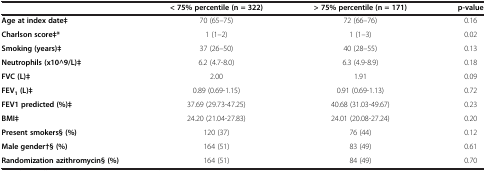
<table><thead><tr><td><b> </b></td><td><b>&lt; 75% percentile (n = 322)</b></td><td><b>&gt; 75% percentile (n = 171)</b></td><td><b>p-value</b></td></tr></thead><tbody><tr><td><b>Age at index date‡</b></td><td>70 (65–75)</td><td>72 (66–76)</td><td>0.16</td></tr><tr><td><b>Charlson score‡*</b></td><td>1 (1–2)</td><td>1 (1–3)</td><td>0.02</td></tr><tr><td><b>Smoking (years)‡</b></td><td>37 (26–50)</td><td>40 (28–55)</td><td>0.13</td></tr><tr><td><b>Neutrophils (x10^9/L)‡</b></td><td>6.2 (4.7-8.0)</td><td>6.3 (4.9-8.9)</td><td>0.18</td></tr><tr><td><b>FVC (L)‡</b></td><td>2.00</td><td>1.91</td><td>0.09</td></tr><tr><td><b>FEV</b><sub><b>1 </b></sub><b>(L)‡</b></td><td>0.89 (0.69-1.15)</td><td>0.91 (0.69-1.13)</td><td>0.72</td></tr><tr><td><b>FEV1 predicted (%)‡</b></td><td>37.69 (29.73-47.25)</td><td>40.68 (31.03-49.67)</td><td>0.23</td></tr><tr><td><b>BMI‡</b></td><td>24.20 (21.04-27.83)</td><td>24.01 (20.08-27.24)</td><td>0.20</td></tr><tr><td><b>Present smokers§ </b><b>(%)</b></td><td>120 (37)</td><td>76 (44)</td><td>0.12</td></tr><tr><td><b>Male gender†§ </b><b>(%)</b></td><td>164 (51)</td><td>83 (49)</td><td>0.61</td></tr><tr><td><b>Randomization azithromycin§ </b><b>(%)</b></td><td>164 (51)</td><td>84 (49)</td><td>0.70</td></tr></tbody></table>